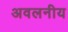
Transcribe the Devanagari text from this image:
अवलनीय